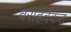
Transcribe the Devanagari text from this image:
वराहवेंकट